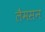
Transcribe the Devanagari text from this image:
लैमसन